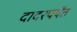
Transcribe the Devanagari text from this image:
दादरपर्यंत